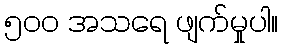
၅၀၀ အသရေ ဖျက်မှုပါ။